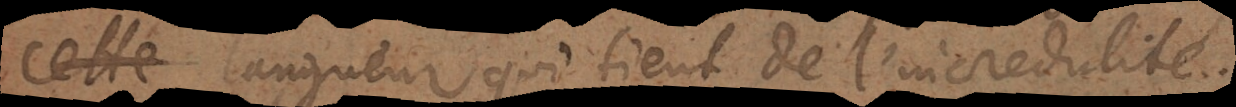
e langueur qui tient de l’incredulité.